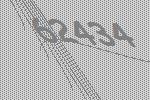
62434